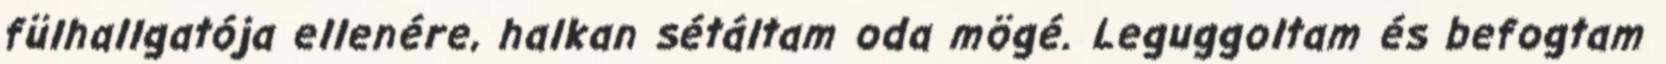
fülhallgatója ellenére, halkan sétáltam oda mögé. Leguggoltam és befogtam